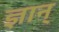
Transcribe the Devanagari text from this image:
ज्ञान्